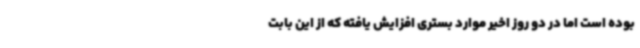
بوده است اما در دو روز اخیر موارد بستری افزایش یافته که از این بابت